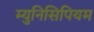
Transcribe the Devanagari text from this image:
म्युनिसिपियम